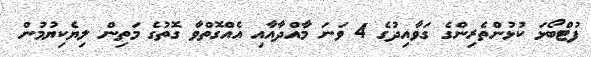
ފުޓްބޯޅަ ކުޅުންތެރިންގެ ގަވާއިދުގެ 4 ވަނަ މާއްދާއާއި އެއްގޮތްވާ ގޮތުގެ މަތިން ލިޔެކިޔުމުން